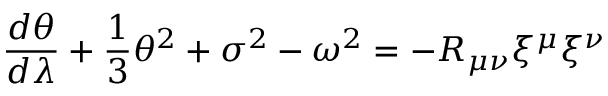
\frac { d \theta } { d \lambda } + \frac { 1 } { 3 } \theta ^ { 2 } + \sigma ^ { 2 } - \omega ^ { 2 } = - R _ { \mu \nu } \xi ^ { \mu } \xi ^ { \nu }